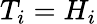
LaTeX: T_{i}=H_{i}